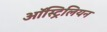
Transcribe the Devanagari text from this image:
ऑस्ट्रिलियन